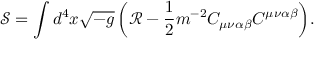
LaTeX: \mathcal { S } = \int { d ^ { 4 } x \sqrt { - g } \left( \mathcal { R } - \frac { 1 } { 2 } m ^ { - 2 } C _ { \mu \nu \alpha \beta } C ^ { \mu \nu \alpha \beta } \right) } .